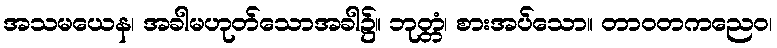
အသမယေန၊ အခါမဟုတ်သောအခါ၌။ ဘုတ္တံ၊ စားအပ်သော။ တာဝတကညေဝ၊